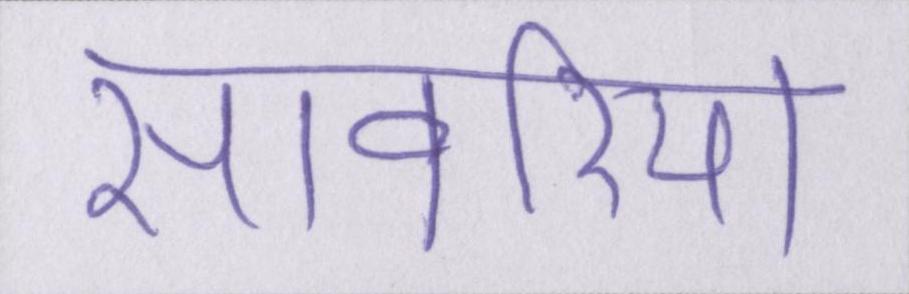
सांवरिया